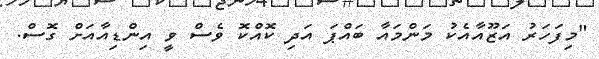
"މިފަހަރު އަޒޫއާއެކު މަންމައާ ބައްޕަ އަދި ކޮއްކޮ ވެސް ވީ އިންޑިއާއަށް ގޮސް.